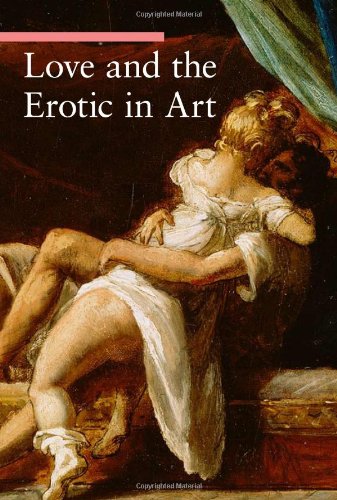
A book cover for Love and the Erotic in Art (A Guide to Imagery); Stefano Zuffi; Arts & Photography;